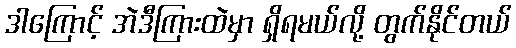
ဒါကြောင့် အဲဒီကြားထဲမှာ ရှိရမယ်လို့ တွက်နိုင်တယ်